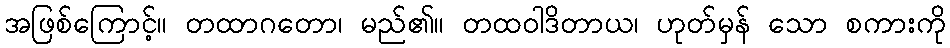
အဖြစ်ကြောင့်။ တထာဂတော၊ မည်၏။ တထဝါဒိတာယ၊ ဟုတ်မှန် သော စကားကို